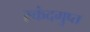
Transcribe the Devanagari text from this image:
स्‍कंदगुप्त